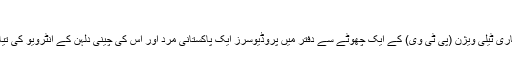
فوٹو: روئٹرز
پاکستان کے سرکاری ٹیلی ویژن (پی ٹی وی) کے ایک چھوٹے سے دفتر میں پروڈیوسرز ایک پاکستانی مرد اور اس کی چینی دلہن کے انٹرویو کی تیاری کر رہے ہیں۔